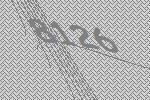
8126